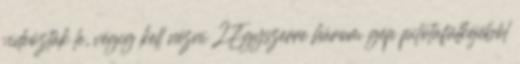
videózták le, végig kell nézni 2Egyszerre három gép pilótafülkéjéből